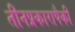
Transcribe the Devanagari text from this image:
तीनप्रकारापैकी